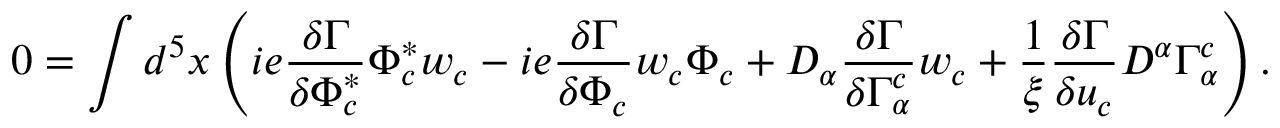
0 = \int d ^ { 5 } x \left( i e \frac { \delta \Gamma } { \delta \Phi _ { c } ^ { * } } \Phi _ { c } ^ { * } w _ { c } - i e \frac { \delta \Gamma } { \delta \Phi _ { c } } w _ { c } \Phi _ { c } + D _ { \alpha } \frac { \delta \Gamma } { \delta \Gamma _ { \alpha } ^ { c } } w _ { c } + \frac { 1 } { \xi } \frac { \delta \Gamma } { \delta u _ { c } } D ^ { \alpha } \Gamma _ { \alpha } ^ { c } \right) .